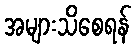
အများသိစေရန်